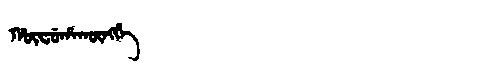
Manchu: ᡥᡡᠸᡠᡥᠠᡴᡡᠩᡤᡝ
Romanization: HŪFUHAKŪNGGE